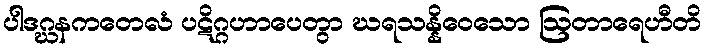
ပါဒဂ္ဃနကတေလံ ပဋိဂ္ဂဟာပေတွာ ဃရသန္နိဝေသော ဩတာရေဟီတိ